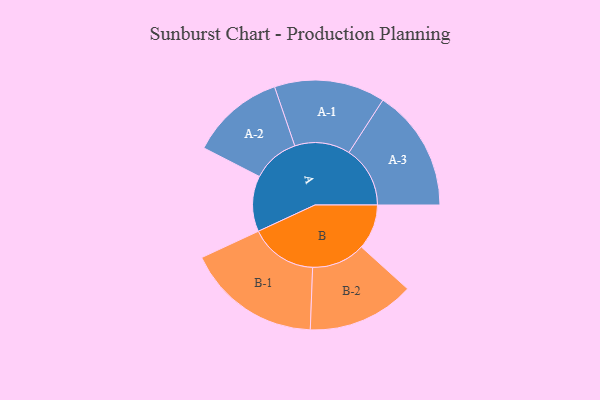
{"axis": {"x": "Segment", "y": "Value"}, "legend": ["", "A", "B"], "data": [{"x": "A", "y": 205, "type": ""}, {"x": "B", "y": 166, "type": ""}, {"x": "A-1", "y": 204, "type": "A"}, {"x": "A-2", "y": 173, "type": "A"}, {"x": "A-3", "y": 225, "type": "A"}, {"x": "B-1", "y": 248, "type": "B"}, {"x": "B-2", "y": 197, "type": "B"}]}